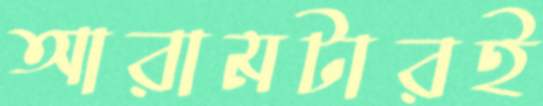
আরামটারই